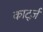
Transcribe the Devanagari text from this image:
कार्ट्ज़